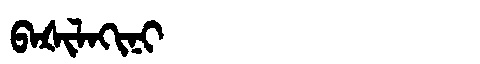
Manchu: ᠪᠠᡧᡳᠯᠠᡴᡳᠨᡳ
Romanization: BAŠILAKINI